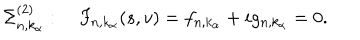
LaTeX: \Sigma _ { n , k _ { \alpha } } ^ { ( 2 ) } : \quad F _ { n , k _ { \alpha } } ( s , v ) = f _ { n , k _ { \alpha } } + i g _ { n , k _ { \alpha } } = 0 .